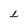
Character: L